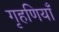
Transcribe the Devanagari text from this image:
गृहणियाँ